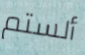
ألستم